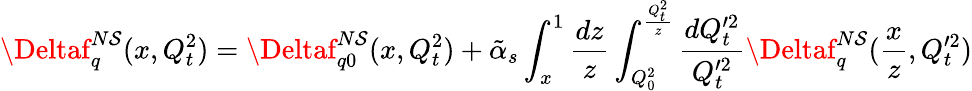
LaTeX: \Deltaf_{q}^{N\mathcal{S}}(x,Q_{t}^{2})=\Deltaf_{q0}^{N\mathcal{S}}(x,Q_{t}^{2})+\tilde{{\alpha}}_{s}\int_{x}^{1}{\frac{{dz}}{{z}}}\int_{Q_{0}^{2}}^{{\frac{{Q_{t}^{2}}}{{z}}}}{\frac{{dQ_{t}^{\prime2}}}{{Q_{t}^{\prime2}}}}\Deltaf_{q}^{N\mathcal{S}}({\frac{{x}}{{z}}},Q_{t}^{\prime2})